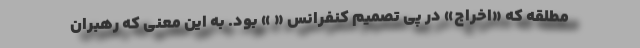
مطلقه که «اخراج» در پی تصمیم کنفرانس « » بود. به این معنی که رهبران